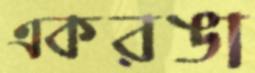
একরঙা